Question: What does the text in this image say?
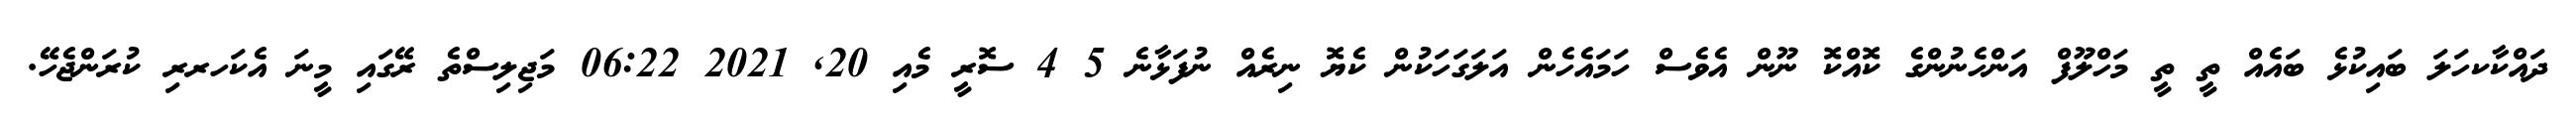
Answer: ދައްކާކހަލަ ބައިކުޅެ ބައެއް ތީ ތީ މަހްލޫފް އަންހެނުންގެ ކޮއްކޮ ނޫން އެވެސް ހަމައެހެން އަލަގަހަކުން ކެޔޮ ނިރެއް ނުފަޅާނެ 5 4 ސޮރީ މެއި 20, 2021 06:22 މަޖިލިސްތެ ރޭގައި މީނަ އެކަހރރި ކުރަންޖެހޭ.